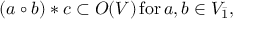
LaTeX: ( a \circ b ) * c \subset O ( V ) \, \mathrm { f o r } \, a , b \in V _ { \bar { 1 } } ,